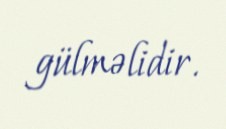
gülməlidir.